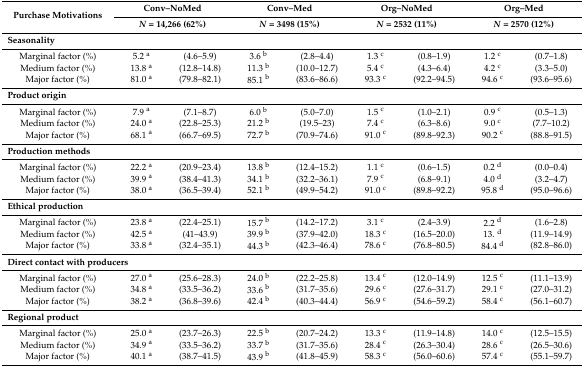
<table><thead><tr><td rowspan="2"><b>Purchase Motivations</b></td><td colspan="2"><b>Conv–NoMed</b></td><td colspan="2"><b>Conv–Med </b></td><td colspan="2"><b>Org–NoMed</b></td><td colspan="2"><b>Org–Med</b></td></tr><tr><td colspan="2"><b><i>N</i> = 14,266 (62%)</b></td><td colspan="2"><b><i>N</i> = 3498 (15%)</b></td><td colspan="2"><b><i>N</i> = 2532 (11%)</b></td><td colspan="2"><b><i>N</i> = 2570 (12%)</b></td></tr></thead><tbody><tr><td colspan="9"><b>Seasonality</b></td></tr><tr><td>Marginal factor (%)</td><td>5.2 <sup>a</sup></td><td>(4.6–5.9)</td><td>3.6 <sup>b</sup></td><td>(2.8–4.4)</td><td>1.3 <sup>c</sup></td><td>(0.8–1.9)</td><td>1.2 <sup>c</sup></td><td>(0.7–1.8)</td></tr><tr><td>Medium factor (%)</td><td>13.8 <sup>a</sup></td><td>(12.8–14.8)</td><td>11.3 <sup>b</sup></td><td>(10.0–12.7)</td><td>5.4 <sup>c</sup></td><td>(4.3–6.4)</td><td>4.2 <sup>c</sup></td><td>(3.3–5.0)</td></tr><tr><td>Major factor (%)</td><td>81.0 <sup>a</sup></td><td>(79.8–82.1)</td><td>85.1 <sup>b</sup></td><td>(83.6–86.6)</td><td>93.3 <sup>c</sup></td><td>(92.2–94.5)</td><td>94.6 <sup>c</sup></td><td>(93.6–95.6)</td></tr><tr><td colspan="9"><b>Product origin</b></td></tr><tr><td>Marginal factor (%)</td><td>7.9 <sup>a</sup></td><td>(7.1–8.7)</td><td>6.0 <sup>b</sup></td><td>(5.0–7.0)</td><td>1.5 <sup>c</sup></td><td>(1.0–2.1)</td><td>0.9 <sup>c</sup></td><td>(0.5–1.3)</td></tr><tr><td>Medium factor (%)</td><td>24.0 <sup>a</sup></td><td>(22.8–25.3)</td><td>21.2 <sup>b</sup></td><td>(19.5–23)</td><td>7.4 <sup>c</sup></td><td>(6.3–8.6)</td><td>9.0 <sup>c</sup></td><td>(7.7–10.2)</td></tr><tr><td>Major factor (%)</td><td>68.1 <sup>a</sup></td><td>(66.7–69.5)</td><td>72.7 <sup>b</sup></td><td>(70.9–74.6)</td><td>91.0 <sup>c</sup></td><td>(89.8–92.3)</td><td>90.2 <sup>c</sup></td><td>(88.8–91.5)</td></tr><tr><td colspan="9"><b>Production methods</b></td></tr><tr><td>Marginal factor (%)</td><td>22.2 <sup>a</sup></td><td>(20.9–23.4)</td><td>13.8 <sup>b</sup></td><td>(12.4–15.2)</td><td>1.1 <sup>c</sup></td><td>(0.6–1.5)</td><td>0.2 <sup>d</sup></td><td>(0.0–0.4)</td></tr><tr><td>Medium factor (%)</td><td>39.9 <sup>a</sup></td><td>(38.4–41.3)</td><td>34.1 <sup>b</sup></td><td>(32.2–36.1)</td><td>7.9 <sup>c</sup></td><td>(6.8–9.1)</td><td>4.0 <sup>d</sup></td><td>(3.2–4.7)</td></tr><tr><td>Major factor (%)</td><td>38.0 <sup>a</sup></td><td>(36.5–39.4)</td><td>52.1 <sup>b</sup></td><td>(49.9–54.2)</td><td>91.0 <sup>c</sup></td><td>(89.8–92.2)</td><td>95.8 <sup>d</sup></td><td>(95.0–96.6)</td></tr><tr><td colspan="9"><b>Ethical production</b></td></tr><tr><td>Marginal factor (%)</td><td>23.8 <sup>a</sup></td><td>(22.4–25.1)</td><td>15.7 <sup>b</sup></td><td>(14.2–17.2)</td><td>3.1 <sup>c</sup></td><td>(2.4–3.9)</td><td>2.2 <sup>d</sup></td><td>(1.6–2.8)</td></tr><tr><td>Medium factor (%)</td><td>42.5 <sup>a</sup></td><td>(41–43.9)</td><td>39.9 <sup>b</sup></td><td>(37.9–42.0)</td><td>18.3 <sup>c</sup></td><td>(16.5–20.0)</td><td>13. <sup>d</sup></td><td>(11.9–14.9)</td></tr><tr><td>Major factor (%)</td><td>33.8 <sup>a</sup></td><td>(32.4–35.1)</td><td>44.3 <sup>b</sup></td><td>(42.3–46.4)</td><td>78.6 <sup>c</sup></td><td>(76.8–80.5)</td><td>84.4 <sup>d</sup></td><td>(82.8–86.0)</td></tr><tr><td colspan="9"><b>Direct contact with producers</b></td></tr><tr><td>Marginal factor (%)</td><td>27.0 <sup>a</sup></td><td>(25.6–28.3)</td><td>24.0 <sup>b</sup></td><td>(22.2–25.8)</td><td>13.4 <sup>c</sup></td><td>(12.0–14.9)</td><td>12.5 <sup>c</sup></td><td>(11.1–13.9)</td></tr><tr><td>Medium factor (%)</td><td>34.8 <sup>a</sup></td><td>(33.5–36.2)</td><td>33.6 <sup>b</sup></td><td>(31.7–35.6)</td><td>29.6 <sup>c</sup></td><td>(27.6–31.7)</td><td>29.1 <sup>c</sup></td><td>(27.0–31.2)</td></tr><tr><td>Major factor (%)</td><td>38.2 <sup>a</sup></td><td>(36.8–39.6)</td><td>42.4 <sup>b</sup></td><td>(40.3–44.4)</td><td>56.9 <sup>c</sup></td><td>(54.6–59.2)</td><td>58.4 <sup>c</sup></td><td>(56.1–60.7)</td></tr><tr><td colspan="9"><b>Regional product</b></td></tr><tr><td>Marginal factor (%)</td><td>25.0 <sup>a</sup></td><td>(23.7–26.3)</td><td>22.5 <sup>b</sup></td><td>(20.7–24.2)</td><td>13.3 <sup>c</sup></td><td>(11.9–14.8)</td><td>14.0 <sup>c</sup></td><td>(12.5–15.5)</td></tr><tr><td>Medium factor (%)</td><td>34.9 <sup>a</sup></td><td>(33.5–36.2)</td><td>33.7 <sup>b</sup></td><td>(31.7–35.6)</td><td>28.4 <sup>c</sup></td><td>(26.3–30.4)</td><td>28.6 <sup>c</sup></td><td>(26.5–30.6)</td></tr><tr><td>Major factor (%)</td><td>40.1 <sup>a</sup></td><td>(38.7–41.5)</td><td>43.9 <sup>b</sup></td><td>(41.8–45.9)</td><td>58.3 <sup>c</sup></td><td>(56.0–60.6)</td><td>57.4 <sup>c</sup></td><td>(55.1–59.7)</td></tr></tbody></table>